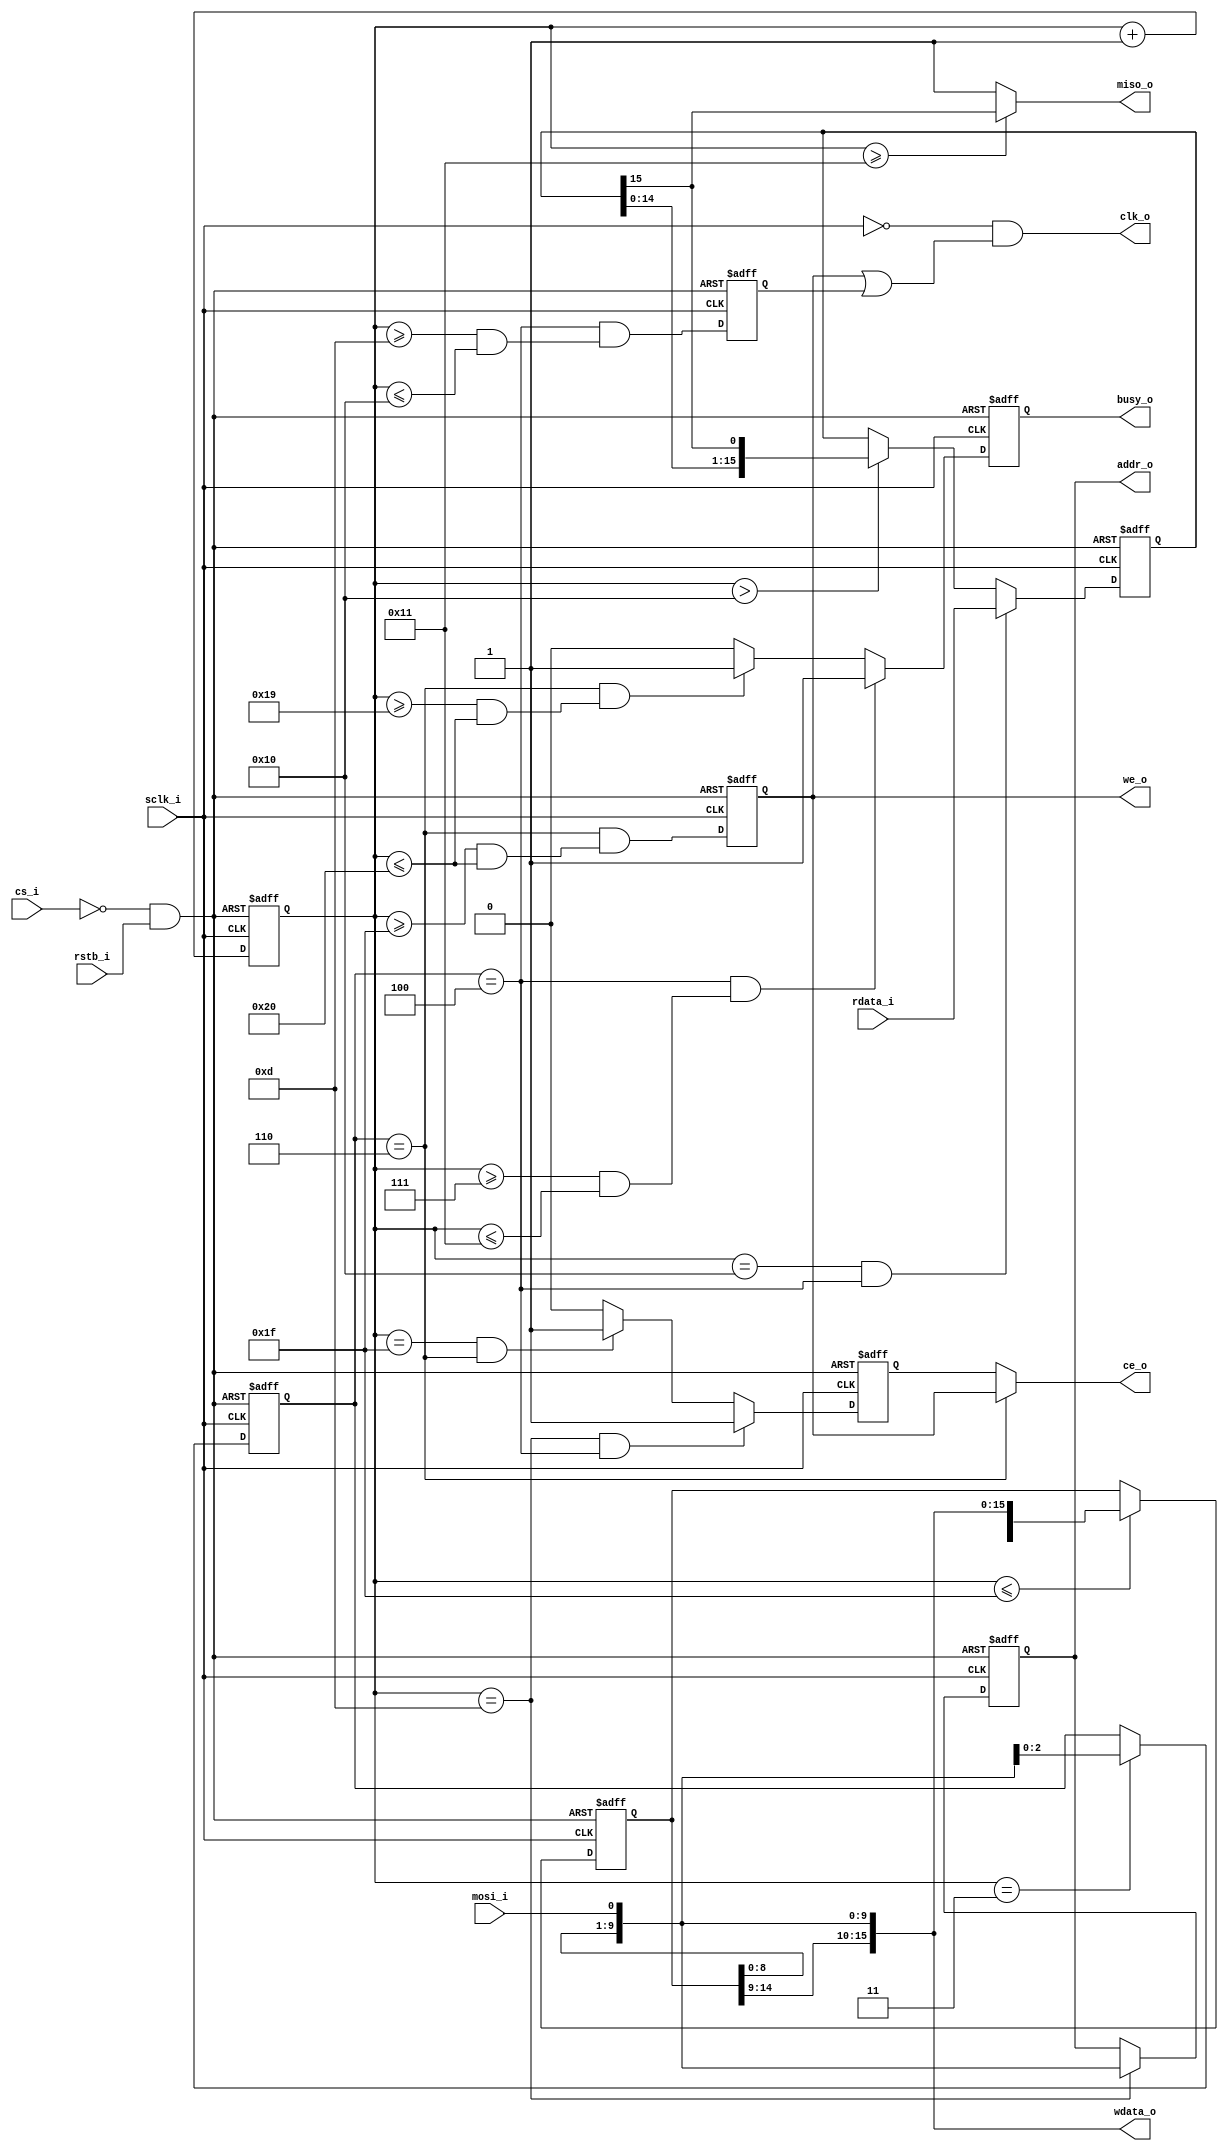
/*
 * protocol:
 * 
 * | op(3) | adr (10) | xfer(3) | dat(16) |
 *
 * CPOL = 0 CPHA = 1
 */

// Define Operators
`define OP_READ  3'b100
`define OP_WRITE 3'b110
// Define Width
`define OP_W   3
`define ADR_W  10
`define DAT_W  16
`define CNTR_W 6
 // Define Protocol Clocks
`define OP_CLOCKS         `CNTR_W'd3
`define ADR_CLOCKS        `CNTR_W'd13
`define XFER_BEGIN_CLOCKS `CNTR_W'd14
`define XFER_END_CLOCKS   `CNTR_W'd16
`define BUSY_READ_BEGIN   `CNTR_W'd7  // 13 - 6 = 7
`define BUSY_READ_END     `CNTR_W'd17 // 13 + 4 = 17
`define BUSY_WRITE_BEGIN  `CNTR_W'd25 // 31 - 6 = 25
`define BUSY_WRITE_END    `CNTR_W'd32 // 31 + 1 = 32

module spi_slave (
  input               rstb_i,
  // SPI Interface
  input               sclk_i,
  input               mosi_i,
  input               cs_i,
  output              miso_o,
  // Register Interface
  input  [`DAT_W-1:0] rdata_i,
  output              clk_o,
  output              ce_o,
  output              we_o,
  output [`ADR_W-1:0] addr_o,
  output [`DAT_W-1:0] wdata_o,
  output              busy_o
);

reg               rgate_r;
reg               wgate_r;
reg [`OP_W-1:0]   op_r;
reg [`DAT_W-1:0]  rdata_r;
reg [`CNTR_W-1:0] cntr_r;
reg [31:0 ]       inner_data_r;

// Output to Regfile
reg              rce_r;
reg [`ADR_W-1:0] addr_r;
reg              busy_r;

wire resetb;

wire read_period;
wire write_period;

assign dbg_spi_slv_cs_o = cs_i;
assign dbg_spi_slv_sclk_o = sclk_i;
assign dbg_spi_slv_mosi_o = mosi_i;
assign dbg_spi_slv_miso_o = miso_o;

// Reset Logic
assign resetb = (~cs_i) & rstb_i;

// Shift(Read) all mosi data and generate other control signals.
always @(negedge sclk_i or negedge resetb) begin
  if (resetb == 1'b0) begin
    inner_data_r <= 32'h0;
  end
  else begin
    if (cntr_r <= `CNTR_W'd31)
      inner_data_r <= {inner_data_r[30:0], mosi_i};
  end
end

// Latch OpCode and Address
always @(negedge sclk_i or negedge resetb) begin
  if (resetb == 1'b0) begin
    op_r   <= 3'h0;
    addr_r <= 10'h0;
  end
  else begin
    if (cntr_r == `OP_CLOCKS) begin
      op_r   <= {inner_data_r[1:0], mosi_i};
    end
    if (cntr_r == `ADR_CLOCKS) begin
      addr_r <= {inner_data_r[8:0], mosi_i};
    end
  end
end

// Latch Read Data from RegFile and shift MSB to miso_o
always @(posedge sclk_i or negedge resetb) begin
  if (resetb == 1'b0) begin
    rdata_r   <= 16'hffff;
  end
  else begin
    if (cntr_r == `CNTR_W'd16 && op_r == `OP_READ) begin
      rdata_r <= rdata_i;
    end
    else if (cntr_r > `CNTR_W'd16) begin
      rdata_r <= {rdata_r[`DAT_W-2:0], rdata_r[`DAT_W-1]};
    end
  end
end

// Busy Logic
always @(posedge sclk_i or negedge resetb) begin
  if (resetb == 1'b0) begin
    busy_r <= 1'b0;
  end
  else begin
    if (op_r == `OP_READ && (cntr_r >= `BUSY_READ_BEGIN && cntr_r <= `BUSY_READ_END)) begin
      busy_r <= 1'b1;
    end
    else if (op_r == `OP_WRITE && (cntr_r >= `BUSY_WRITE_BEGIN && cntr_r <= `BUSY_WRITE_END)) begin
      busy_r <= 1'b1;
    end
    else begin
      busy_r <= 1'b0;
    end
  end
end

// counter of cycles
always @(posedge sclk_i or negedge resetb)
  if (resetb == 1'b0)
    cntr_r <= {`CNTR_W{1'b0}};
  else
    cntr_r <= cntr_r + 1;

assign read_period = (op_r == `OP_READ) &&
                     (cntr_r >= (`XFER_BEGIN_CLOCKS-1) &&
                      cntr_r <= (`XFER_END_CLOCKS));
assign write_period = op_r == `OP_WRITE && (cntr_r >= 'd31 && cntr_r <= 'd32);

always @(posedge sclk_i or negedge resetb) begin
  if (resetb == 1'b0) begin
    rgate_r <= 1'b0;
  end
  else begin
    rgate_r <= read_period;
  end
end

always @(posedge sclk_i or negedge resetb) begin
  if (resetb == 1'b0) begin
    wgate_r <= 1'b0;
  end
  else begin
    wgate_r <= write_period;
  end
end


// RegFile Write Enable and Chip Enable Logic
always @(posedge sclk_i or negedge resetb) begin
  if (resetb == 1'b0) begin
    rce_r <= 1'b0;
  end
  else  begin
    if (cntr_r == `ADR_CLOCKS && op_r == `OP_READ) begin
      rce_r <= 1'b1;
    end
    else if (cntr_r == `CNTR_W'd31 && op_r == `OP_WRITE) begin
      rce_r <= 1'b1;
    end
    else begin
      rce_r <= 1'b0;
    end
  end
end

assign miso_o = (cntr_r >= 17) ? rdata_r[`DAT_W-1] : 1'b1;

assign clk_o   = (~sclk_i) & (wgate_r || rgate_r);

assign ce_o    = (op_r == `OP_WRITE) ? wgate_r : rce_r;
assign we_o    = wgate_r;
assign addr_o  = addr_r;
assign wdata_o = {inner_data_r[14:0], mosi_i};
assign busy_o  = busy_r;

endmodule